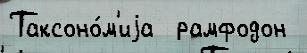
Таксоно́м'иjа  рамфодон